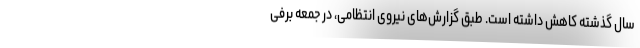
سال گذشته کاهش داشته است. طبق گزارش‌های نیروی انتظامی، در جمعه برفی